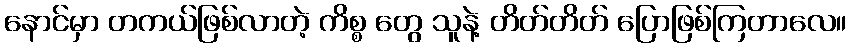
နောင်မှာ တကယ်ဖြစ်လာတဲ့ ကိစ္စ တွေ သူနဲ့ တိတ်တိတ် ပြောဖြစ်ကြတာလေ။